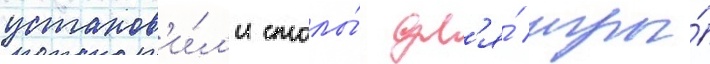
установ'и́л'и столы́ дл'я́ игры́